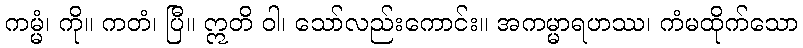
ကမ္မံ၊ ကို။ ကတံ၊ ပြီ။ ဣတိ ဝါ၊ သော်လည်းကောင်း။ အကမ္မာရဟဿ၊ ကံမထိုက်သော